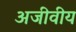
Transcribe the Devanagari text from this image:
अजीवीय